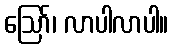
ဩော်၊ လာပါလာပါ။